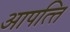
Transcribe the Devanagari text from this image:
आपत्‍ति